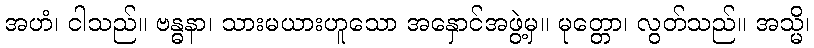
အဟံ၊ ငါသည်။ ဗန္ဓနာ၊ သားမယားဟူသော အနှောင်အဖွဲ့မှ။ မုတ္တော၊ လွတ်သည်။ အသ္မိ၊